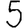
Digit: 5